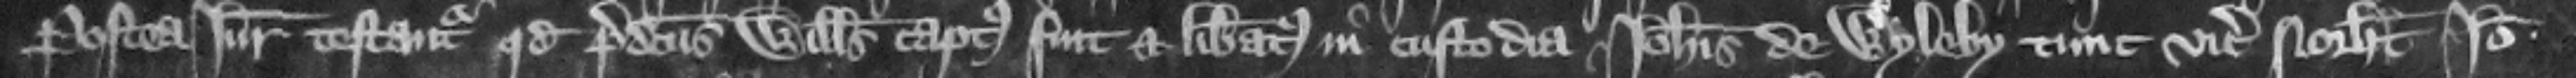
Postea iuratores testantur quod predictus Willelmus captus fuit et liberatus in custodia Iohannis de Wyleby tunc vicecomitis Northamton. Ideo .